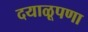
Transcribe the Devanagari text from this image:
दयाळूपणा